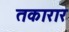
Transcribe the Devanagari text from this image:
तकारार